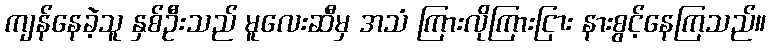
ကျန်နေခဲ့သူ နှစ်ဦးသည် မူလေးဆီမှ အသံ ကြားလိုကြားငြား နားစွင့်နေကြသည်။